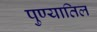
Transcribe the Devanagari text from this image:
पुण्यातिल